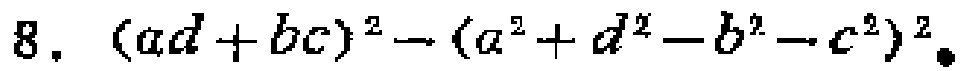
\(8.\ (ad + bc)^{2}-(a^{2}+d^{2}-b^{2}-c^{2})^{2}\)